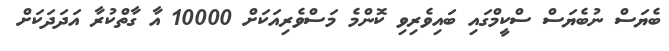
ބެޔަސް ނުބެޔަސް ސްކީމްގައި ބައިވެރިވި ކޮންމެ މަސްވެރިއަކަށް 10000 އާ ގާތްކުރާ އަދަދަކަށް